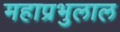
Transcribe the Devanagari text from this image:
महाप्रभुलाल